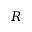
R